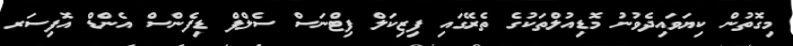
މިގޮތުން ކިޔަވައިދެވުނު މޮޑިއުލްތަކުގެ ތެރޭގައި ފިޒިކަލް ފިޓްނަސް ސެލްފް ޑިފެންސް އެންޑް އޮފިސަރ